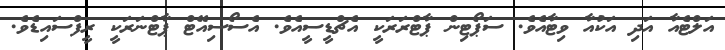
އަލްޓެއާ އަދި އަކުއާ ވިޓާއެވެ. ސަޕޯޓިން ޕާޓްރަރަކީ އެޗްޑީސީއެވެ. އެސޯސިއޭޓް ޕާޓްނަރަކީ ރީފްސައިޑެވެ.